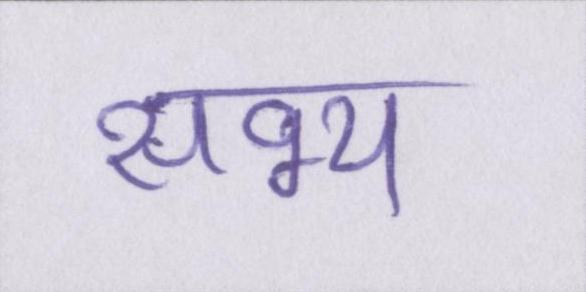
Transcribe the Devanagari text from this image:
सभ्य